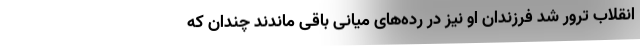
انقلاب ترور شد فرزندان او نیز در رده‌های میانی باقی ماندند چندان که